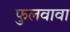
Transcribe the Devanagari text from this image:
फुलवावा